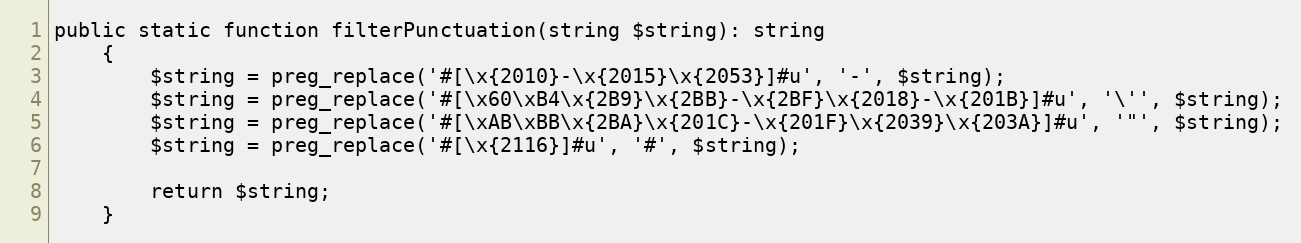
Language: PHP
public static function filterPunctuation(string $string): string
    {
        $string = preg_replace('#[\x{2010}-\x{2015}\x{2053}]#u', '-', $string);
        $string = preg_replace('#[\x60\xB4\x{2B9}\x{2BB}-\x{2BF}\x{2018}-\x{201B}]#u', '\'', $string);
        $string = preg_replace('#[\xAB\xBB\x{2BA}\x{201C}-\x{201F}\x{2039}\x{203A}]#u', '"', $string);
        $string = preg_replace('#[\x{2116}]#u', '#', $string);

        return $string;
    }